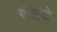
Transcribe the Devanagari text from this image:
सेटचे